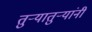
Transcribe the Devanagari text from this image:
तुऱ्यातुऱ्यांनी